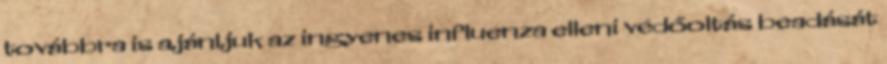
továbbra is ajánljuk az ingyenes influenza elleni védőoltás beadását